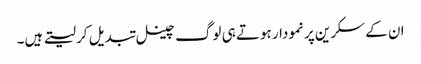
ان کے سکرین پر نمودار ہوتے ہی لوگ چینل تبدیل کر لیتے ہیں۔